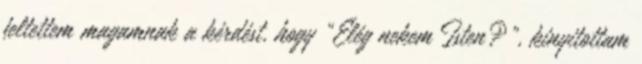
feltettem magamnak a kérdést, hogy „Elég nekem Isten?”, kinyitottam